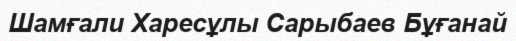
Шамғали Харесұлы Сарыбаев Бұғанай